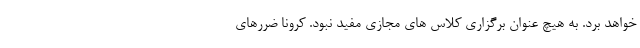
خواهد برد. به هیچ عنوان برگزاری کلاس های مجازی مفید نبود. کرونا ضررهای